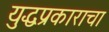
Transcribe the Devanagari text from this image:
युद्धप्रकाराचा